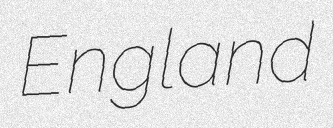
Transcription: England